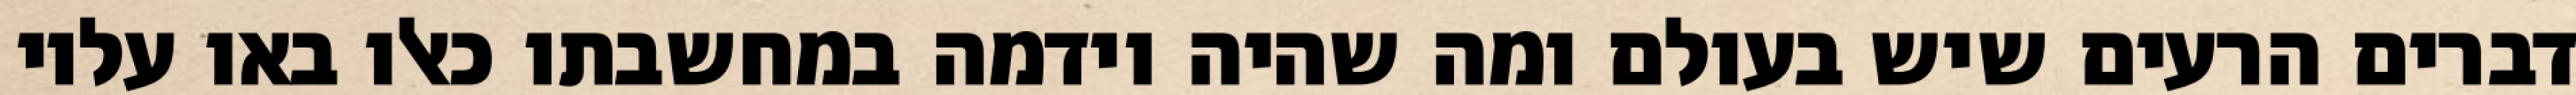
דברים הרעים שיש בעולם ומה שהיה וידמה במחשבתו כאלו באו עליו